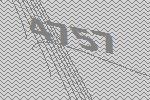
4757